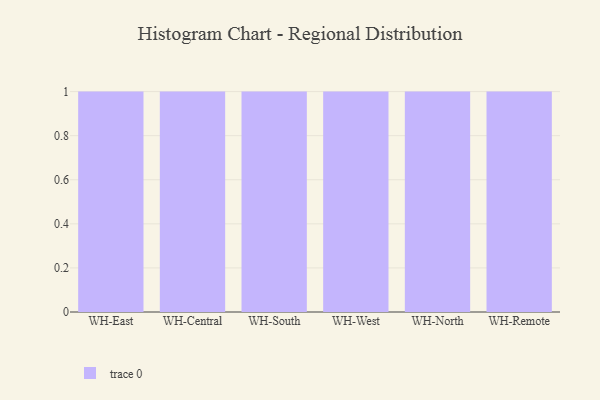
{"axis": {"x": "Warehouse", "y": "Production Output"}, "legend": [""], "data": [{"x": "WH-East", "y": 78, "type": ""}, {"x": "WH-Central", "y": 58, "type": ""}, {"x": "WH-South", "y": 34, "type": ""}, {"x": "WH-West", "y": 37, "type": ""}, {"x": "WH-North", "y": 17, "type": ""}, {"x": "WH-Remote", "y": 14, "type": ""}]}